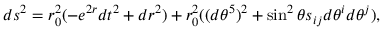
d s ^ { 2 } = r _ { 0 } ^ { 2 } ( - e ^ { 2 r } d t ^ { 2 } + d r ^ { 2 } ) + r _ { 0 } ^ { 2 } ( ( d \theta ^ { 5 } ) ^ { 2 } + \sin ^ { 2 } \theta s _ { i j } d \theta ^ { i } d \theta ^ { j } ) ,